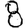
Digit: 8